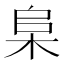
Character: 𬂫